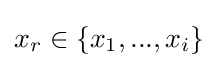
x_{r}\in \{x_{1},...,x_{i}\}